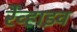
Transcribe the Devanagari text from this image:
रेव्हाइव